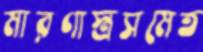
মারণাস্ত্রসমেত